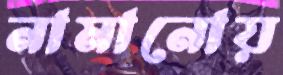
নামানোয়